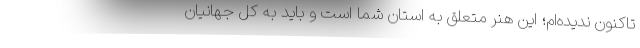
تاکنون ندیده‌ام؛ این هنر متعلق به استان شما است و باید به کل جهانیان